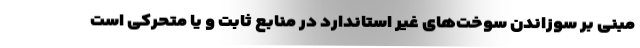
مبنی بر سوزاندن سوخت‌های غیر استاندارد در منابع ثابت و یا متحرکی است